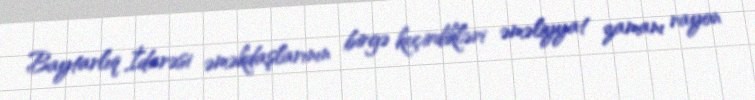
Baytarlıq İdarəsi əməkdaşlarının birgə keçirdikləri əməliyyat zamanı rayon